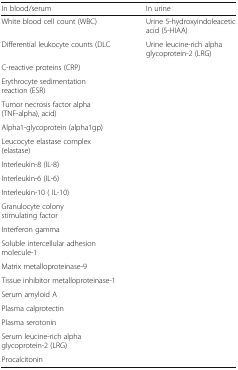
<table><thead><tr><td><b>In blood/serum</b></td><td><b>In urine</b></td></tr></thead><tbody><tr><td>White blood cell count (WBC)</td><td>Urine 5-hydroxyindoleacetic acid (5-HIAA)</td></tr><tr><td>Differential leukocyte counts (DLC</td><td>Urine leucine-rich alpha glycoprotein-2 (LRG)</td></tr><tr><td>C-reactive proteins (CRP)</td><td>[EMPTY_CELL]</td></tr><tr><td>Erythrocyte sedimentation reaction (ESR)</td><td>[EMPTY_CELL]</td></tr><tr><td>Tumor necrosis factor alpha (TNF-alpha), acid)</td><td>[EMPTY_CELL]</td></tr><tr><td>Alpha1-glycoprotein (alpha1gp)</td><td>[EMPTY_CELL]</td></tr><tr><td>Leucocyte elastase complex (elastase)</td><td>[EMPTY_CELL]</td></tr><tr><td>Interleukin-8 (IL-8)</td><td>[EMPTY_CELL]</td></tr><tr><td>Interleukin-6 (IL-6)</td><td>[EMPTY_CELL]</td></tr><tr><td>Interleukin-10 ( IL-10)</td><td>[EMPTY_CELL]</td></tr><tr><td>Granulocyte colony stimulating factor</td><td>[EMPTY_CELL]</td></tr><tr><td>Interferon gamma</td><td>[EMPTY_CELL]</td></tr><tr><td>Soluble intercellular adhesion molecule-1</td><td>[EMPTY_CELL]</td></tr><tr><td>Matrix metalloproteinase-9</td><td>[EMPTY_CELL]</td></tr><tr><td>Tissue inhibitor metalloproteinase-1</td><td>[EMPTY_CELL]</td></tr><tr><td>Serum amyloid A</td><td>[EMPTY_CELL]</td></tr><tr><td>Plasma calprotectin</td><td>[EMPTY_CELL]</td></tr><tr><td>Plasma serotonin</td><td>[EMPTY_CELL]</td></tr><tr><td>Serum leucine-rich alpha glycoprotein-2 (LRG)</td><td>[EMPTY_CELL]</td></tr><tr><td>Procalcitonin</td><td>[EMPTY_CELL]</td></tr></tbody></table>